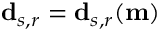
\mathbf { d } _ { s , r } = \mathbf { d } _ { s , r } ( \mathbf { m } )